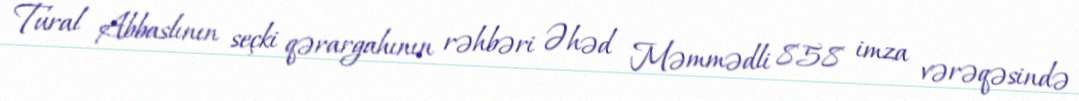
Tural Abbaslının seçki qərargahının rəhbəri Əhəd Məmmədli 858 imza vərəqəsində